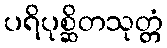
ပရိပုစ္ဆိတသုတ္တံ